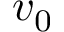
v _ { 0 }